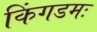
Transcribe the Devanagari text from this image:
किंगडमः